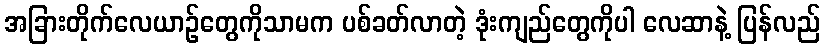
အခြားတိုက်လေယာဉ်တွေကိုသာမက ပစ်ခတ်လာတဲ့ ဒုံးကျည်တွေကိုပါ လေဆာနဲ့ ပြန်လည်